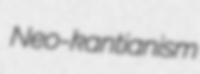
Neo-kantianism